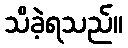
သိခဲ့ရသည်။